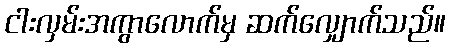
ငါးလှမ်းအကွာလောက်မှ ဆက်လျှောက်သည်။